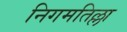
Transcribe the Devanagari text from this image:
निगमतिल्ला